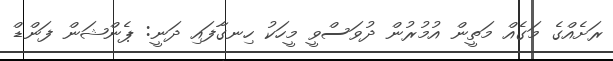
ރަށެއްގެ މަގެއް މަތީން އުމުރުން ދުވަސްވީ މީހަކު ހިނގާފައި ދަނީ: ޕެންޝަން ފަންޑް